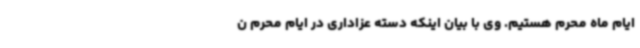
ایام ماه محرم هستیم. وی با بیان اینکه دسته عزاداری در ایام محرم ن